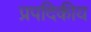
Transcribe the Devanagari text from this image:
प्रपदिकीय